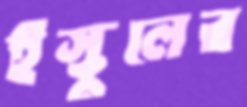
ইস্কুলের